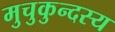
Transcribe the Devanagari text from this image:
मुचुकुन्दस्य